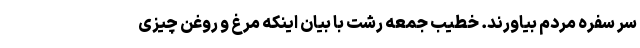
سر سفره مردم بیاورند. خطیب جمعه رشت با بیان اینکه مرغ و روغن چیزی